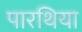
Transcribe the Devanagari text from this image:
पारथिया